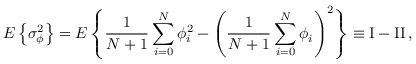
E \left\{ \sigma _ { \phi } ^ { 2 } \right\} = E \left\{ { \frac { 1 } { N + 1 } } \sum _ { i = 0 } ^ { N } \phi _ { i } ^ { 2 } - \left( { \frac { 1 } { N + 1 } } \sum _ { i = 0 } ^ { N } \phi _ { i } \right) ^ { 2 } \right\} \equiv \mathrm { I } - \mathrm { I I } \, ,